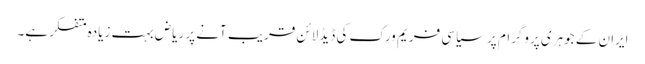
ایران کے جوہری پروگرام پر سیاسی فریم ورک کی ڈیڈلائن قریب آنے پر ریاض بہت زیادہ متفکر ہے۔